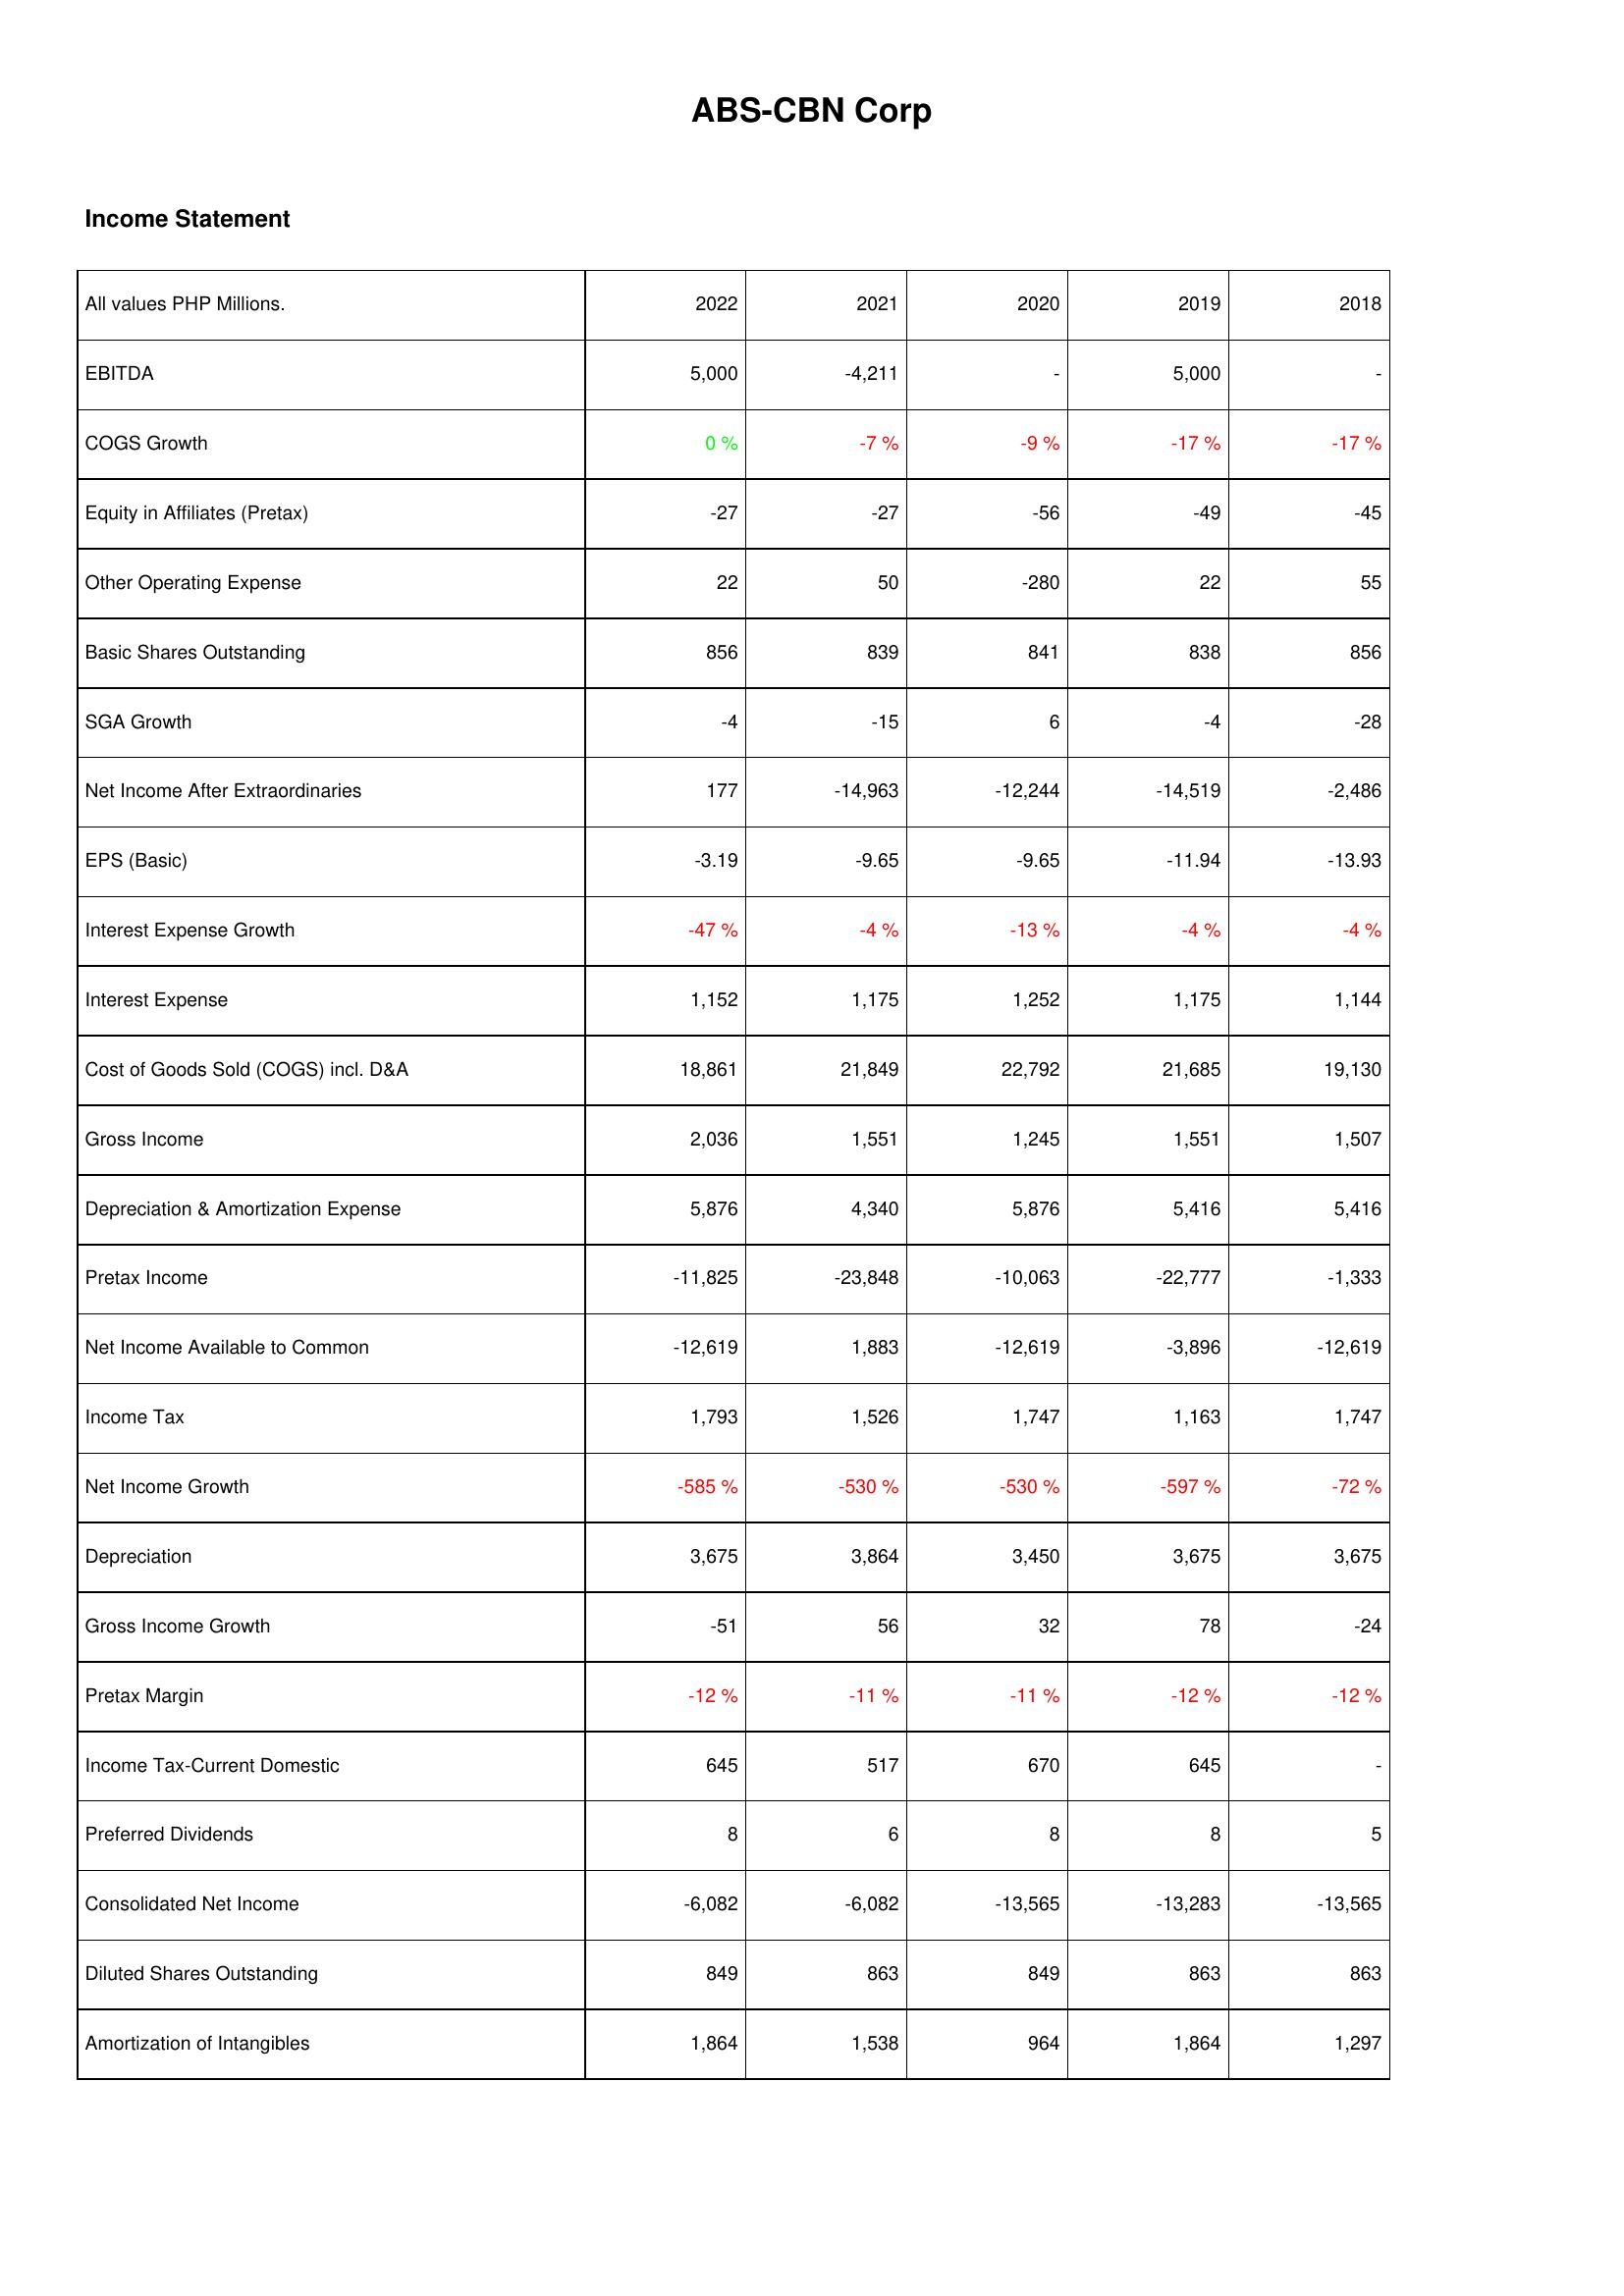
2022: Income Statement: EBITDA: 5,000
COGS Growth: 0 %
Equity in Affiliates (Pretax): -27
Other Operating Expense: 22
Basic Shares Outstanding: 856
SGA Growth: -4
Net Income After Extraordinaries: 177
EPS (Basic): -3.19
Interest Expense Growth: -47 %
Interest Expense: 1,152
Cost of Goods Sold (COGS) incl. D&A: 18,861
Gross Income: 2,036
Depreciation & Amortization Expense: 5,876
Pretax Income: -11,825
Net Income Available to Common: -12,619
Income Tax: 1,793
Net Income Growth: -585 %
Depreciation: 3,675
Gross Income Growth: -51
Pretax Margin: -12 %
Income Tax-Current Domestic: 645
Preferred Dividends: 8
Consolidated Net Income: -6,082
Diluted Shares Outstanding: 849
Amortization of Intangibles: 1,864
2021: Income Statement: EBITDA: -4,211
COGS Growth: -7 %
Equity in Affiliates (Pretax): -27
Other Operating Expense: 50
Basic Shares Outstanding: 839
SGA Growth: -15
Net Income After Extraordinaries: -14,963
EPS (Basic): -9.65
Interest Expense Growth: -4 %
Interest Expense: 1,175
Cost of Goods Sold (COGS) incl. D&A: 21,849
Gross Income: 1,551
Depreciation & Amortization Expense: 4,340
Pretax Income: -23,848
Net Income Available to Common: 1,883
Income Tax: 1,526
Net Income Growth: -530 %
Depreciation: 3,864
Gross Income Growth: 56
Pretax Margin: -11 %
Income Tax-Current Domestic: 517
Preferred Dividends: 6
Consolidated Net Income: -6,082
Diluted Shares Outstanding: 863
Amortization of Intangibles: 1,538
2020: Income Statement: EBITDA: -
COGS Growth: -9 %
Equity in Affiliates (Pretax): -56
Other Operating Expense: -280
Basic Shares Outstanding: 841
SGA Growth: 6
Net Income After Extraordinaries: -12,244
EPS (Basic): -9.65
Interest Expense Growth: -13 %
Interest Expense: 1,252
Cost of Goods Sold (COGS) incl. D&A: 22,792
Gross Income: 1,245
Depreciation & Amortization Expense: 5,876
Pretax Income: -10,063
Net Income Available to Common: -12,619
Income Tax: 1,747
Net Income Growth: -530 %
Depreciation: 3,450
Gross Income Growth: 32
Pretax Margin: -11 %
Income Tax-Current Domestic: 670
Preferred Dividends: 8
Consolidated Net Income: -13,565
Diluted Shares Outstanding: 849
Amortization of Intangibles: 964
2019: Income Statement: EBITDA: 5,000
COGS Growth: -17 %
Equity in Affiliates (Pretax): -49
Other Operating Expense: 22
Basic Shares Outstanding: 838
SGA Growth: -4
Net Income After Extraordinaries: -14,519
EPS (Basic): -11.94
Interest Expense Growth: -4 %
Interest Expense: 1,175
Cost of Goods Sold (COGS) incl. D&A: 21,685
Gross Income: 1,551
Depreciation & Amortization Expense: 5,416
Pretax Income: -22,777
Net Income Available to Common: -3,896
Income Tax: 1,163
Net Income Growth: -597 %
Depreciation: 3,675
Gross Income Growth: 78
Pretax Margin: -12 %
Income Tax-Current Domestic: 645
Preferred Dividends: 8
Consolidated Net Income: -13,283
Diluted Shares Outstanding: 863
Amortization of Intangibles: 1,864
2018: Income Statement: EBITDA: -
COGS Growth: -17 %
Equity in Affiliates (Pretax): -45
Other Operating Expense: 55
Basic Shares Outstanding: 856
SGA Growth: -28
Net Income After Extraordinaries: -2,486
EPS (Basic): -13.93
Interest Expense Growth: -4 %
Interest Expense: 1,144
Cost of Goods Sold (COGS) incl. D&A: 19,130
Gross Income: 1,507
Depreciation & Amortization Expense: 5,416
Pretax Income: -1,333
Net Income Available to Common: -12,619
Income Tax: 1,747
Net Income Growth: -72 %
Depreciation: 3,675
Gross Income Growth: -24
Pretax Margin: -12 %
Income Tax-Current Domestic: -
Preferred Dividends: 5
Consolidated Net Income: -13,565
Diluted Shares Outstanding: 863
Amortization of Intangibles: 1,297